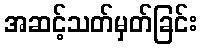
အဆင့်သတ်မှတ်ခြင်း